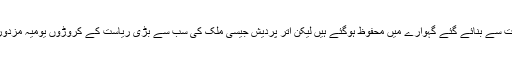
رام للہ تو کروڑوں روپے کی لاگت سے بنائے گئے گہوارے میں محفوظ ہوگئے ہیں لیکن اتر پردیش جیسی ملک کی سب سے بڑی ریاست کے کروڑوں یومیہ مزدوروں کی انھیں کوئی فکر نہیں ہے۔